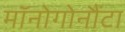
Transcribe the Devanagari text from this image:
मॉनोगोनौंटा